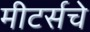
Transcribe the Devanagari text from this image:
मीटर्सचे